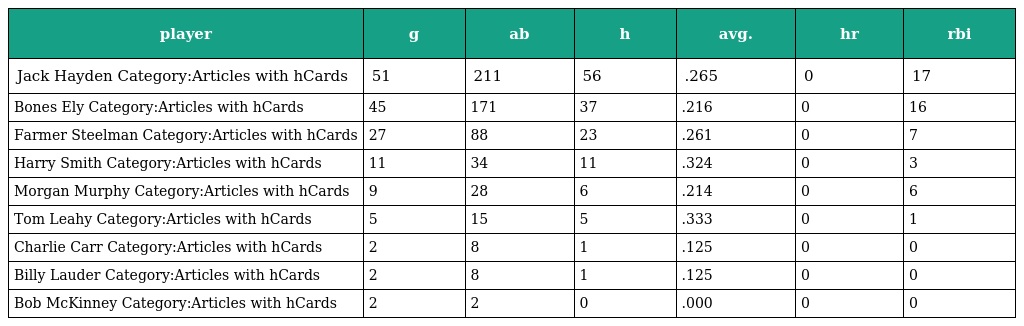
| player | g | ab | h | avg. | hr | rbi |
 | --- | --- | --- | --- | --- | --- | --- |
 | Jack Hayden Category:Articles with hCards | 51 | 211 | 56 | .265 | 0 | 17 |
 | Bones Ely Category:Articles with hCards | 45 | 171 | 37 | .216 | 0 | 16 |
 | Farmer Steelman Category:Articles with hCards | 27 | 88 | 23 | .261 | 0 | 7 |
 | Harry Smith Category:Articles with hCards | 11 | 34 | 11 | .324 | 0 | 3 |
 | Morgan Murphy Category:Articles with hCards | 9 | 28 | 6 | .214 | 0 | 6 |
 | Tom Leahy Category:Articles with hCards | 5 | 15 | 5 | .333 | 0 | 1 |
 | Charlie Carr Category:Articles with hCards | 2 | 8 | 1 | .125 | 0 | 0 |
 | Billy Lauder Category:Articles with hCards | 2 | 8 | 1 | .125 | 0 | 0 |
 | Bob McKinney Category:Articles with hCards | 2 | 2 | 0 | .000 | 0 | 0 |